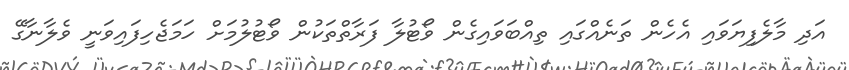
އަދި މާލެފިޔަވައި އެހެން ތަނެއްގައި ތިއްބަވައިގެން ވޯޓުލާ ފަރާތްތަކުން ވޯޓުލުމަށް ހަމަޖެހިފައިވަނީ ވެލާނާގޭ